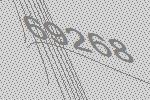
69268